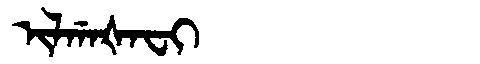
Manchu: ᡳᠯᡤᠠᡧᠠᠸᡳ
Romanization: ILGAŠAFI